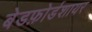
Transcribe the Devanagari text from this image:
बेडफ़ोर्डशायर